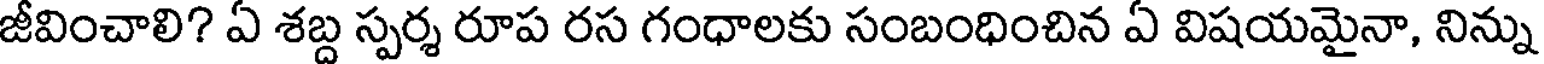
జీవించాలి? ఏ శబ్ద స్పర్శ రూప రస గంధాలకు సంబంధించిన ఏ విషయమైనా, నిన్ను